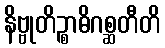
နိဗ္ဗုတိဉ္စာဓိဂစ္ဆတီတိ